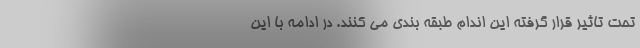
تحت تاثیر قرار گرفته این اندام طبقه بندی می کنند. در ادامه با این